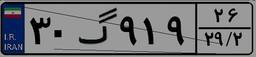
۳۰گ۹۱۹۲۶